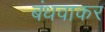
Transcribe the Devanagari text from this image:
बंधवाकर